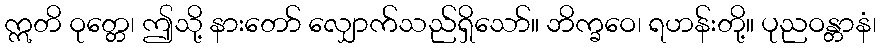
ဣတိ ဝုတ္တေ၊ ဤသို့ နားတော် လျှောက်သည်ရှိသော်။ ဘိက္ခဝေ၊ ရဟန်းတို့။ ပုညဝန္တာနံ၊